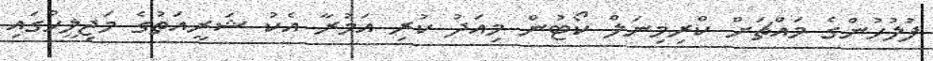
ފުލުހުންގެ މައްޗަށް ކްރިމިނަލް ކޯޓުން މިއަދު ކުރި އަމުރާ އެކު ޝަރީއަތުގެ މަޖިލީހުގައި